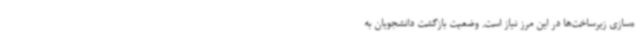
ه‌سازی زیرساخت‌ها در این مرز نیاز است. وضعیت بازگشت دانشجویان به